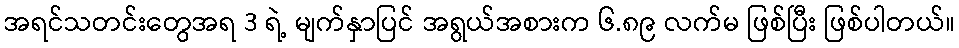
အရင်သတင်းတွေအရ 3 ရဲ့ မျက်နှာပြင် အရွယ်အစားက ၆.၈၉ လက်မ ဖြစ်ပြီး ဖြစ်ပါတယ်။